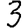
Digit: 3